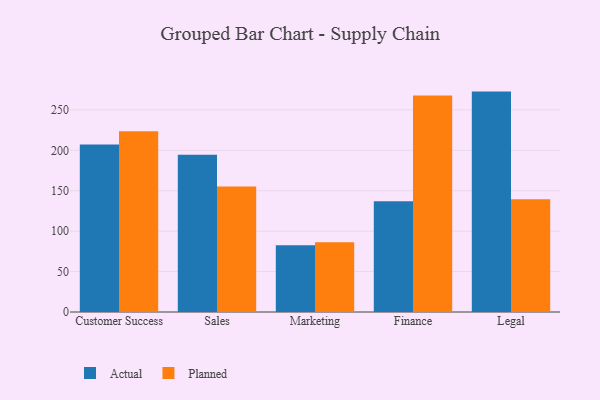
{"axis": {"x": "Department", "y": "Backlog"}, "legend": ["Actual", "Planned"], "data": [{"x": "Customer Success", "y": 207.1, "type": "Actual"}, {"x": "Customer Success", "y": 223.7, "type": "Planned"}, {"x": "Sales", "y": 194.5, "type": "Actual"}, {"x": "Sales", "y": 155.3, "type": "Planned"}, {"x": "Marketing", "y": 82.7, "type": "Actual"}, {"x": "Marketing", "y": 86.4, "type": "Planned"}, {"x": "Finance", "y": 137.1, "type": "Actual"}, {"x": "Finance", "y": 267.7, "type": "Planned"}, {"x": "Legal", "y": 272.6, "type": "Actual"}, {"x": "Legal", "y": 139.6, "type": "Planned"}]}